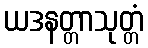
ယဒနတ္တာသုတ္တံ